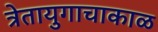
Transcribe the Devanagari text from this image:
त्रेतायुगाचाकाळ